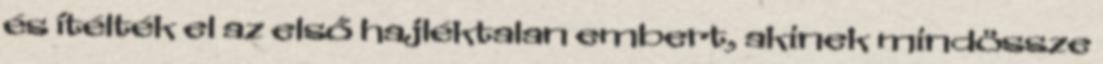
és ítélték el az első hajléktalan embert, akinek mindössze